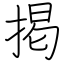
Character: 掲